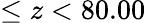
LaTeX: \leq z<80.00